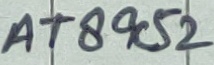
Text: AT89C52